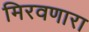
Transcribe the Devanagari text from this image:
मिरवणारा